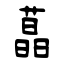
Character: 蕌